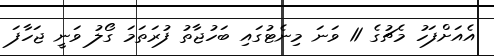
އެއަށްފަހު މެޗުގެ 11 ވަނަ މިނެޓުގައި ބަހުޖާތު ފުރަތަމަ ގޯލު ވަނީ ޖަހާފަ